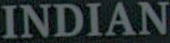
INDIAN